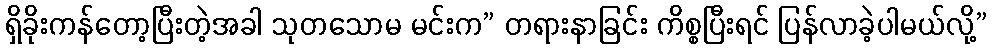
ရှိခိုးကန်တော့ပြီးတဲ့အခါ သုတသောမ မင်းက” တရားနာခြင်း ကိစ္စပြီးရင် ပြန်လာခဲ့ပါမယ်လို့”